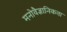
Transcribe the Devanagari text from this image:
मनोवैज्ञानिकता